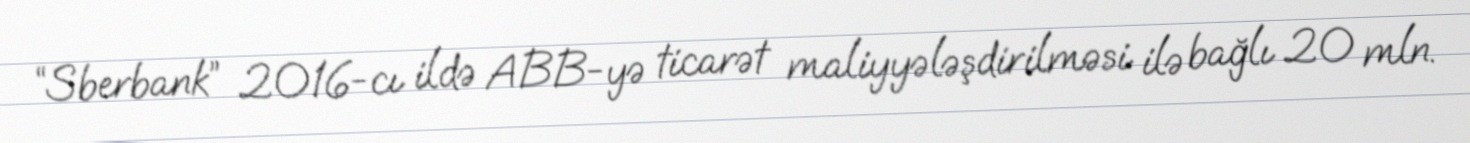
“Sberbank” 2016-cı ildə ABB-yə ticarət maliyyələşdirilməsi ilə bağlı 20 mln.